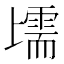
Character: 𱍩